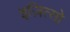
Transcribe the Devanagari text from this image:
इज़ित्सो